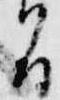
間